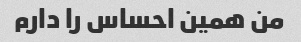
من همین احساس را دارم